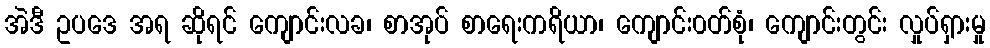
အဲဒီ ဥပဒေ အရ ဆိုရင် ကျောင်းလခ၊ စာအုပ် စာရေးကရိယာ၊ ကျောင်း၀တ်စုံ၊ ကျောင်းတွင်း လှုပ်ရှားမှု